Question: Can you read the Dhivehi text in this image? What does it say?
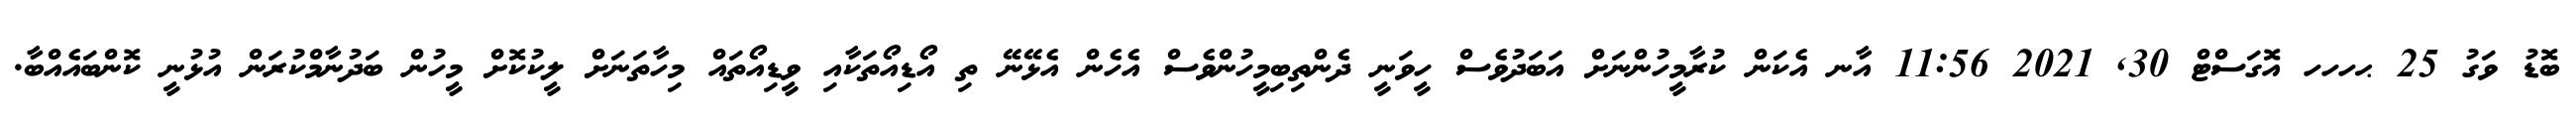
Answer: ބޮޑު ވަގު 25 ޙހހހ އޮގަސްޓް 30, 2021 11:56 އާނ އެކަން ކުރާމީހުންނަށް އަބަދުވެސް ހީވަނީ ދެންތިބިމީހުންވެސް އެހެން އެޅޭނޭ ތި އޯޑިއޯތަކާއި ވީޑިއޯތައް މިހާތަނަށް ލީކުކޮށް މީހުން ބަދުނާމްކުރަން އުޅުނީ ކޮންބައެއްބާ.